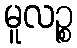
မူလဉ္စ